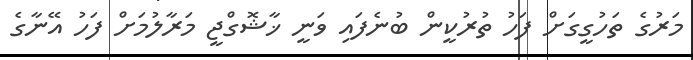
މަރުގެ ތަހުގީގަށް ފަހު ތުރުކީން ބުނެފައި ވަނީ ޚާޝޮގްޖީ މަރާލުމަށް ފަހު އޭނާގެ